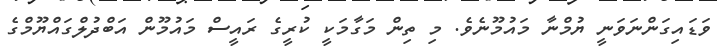
ވަޑައިގަންނަވަނީ ޔުމްނާ މައުމޫނެވެ. މި ތިން މަގާމަކީ ކުރީގެ ރައީސް މައުމޫން އަބްދުލްގައްޔޫމްގެ